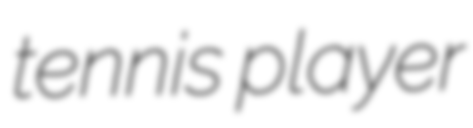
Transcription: tennis player